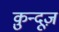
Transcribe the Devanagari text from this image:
क़ुन्दूज़